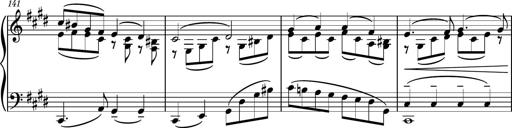
Title: Piano Sonatina No.6
Composer: Dimitri Sykias
Key: A major